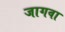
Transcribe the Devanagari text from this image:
जागवा